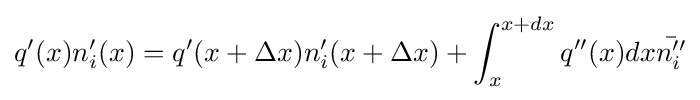
q'(x)n'_{i}(x)=q'(x+\Delta x)n'_{i}(x+\Delta x)+\int _{x}^{x+dx}q''(x)dx{\bar {n_{i}''}}